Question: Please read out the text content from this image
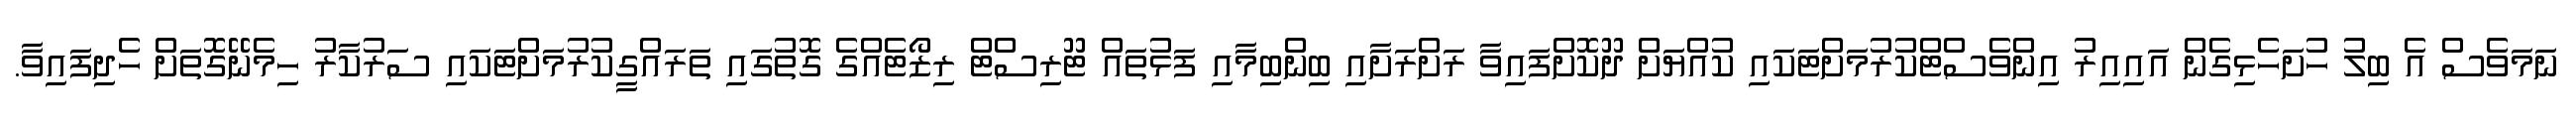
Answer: ނަމަވެސް އެ ބިލު ހުށަހެޅިގެން އައިއިރު އިންވެސްޓްކުރުމަށްޓަކައި ކުއްޔަށް ދޫކޮށްފައިވާ ރަށްރަށާއި ބިންބިމާއި ފަޅުތައް ޓޫރިސްޓް ރިޒޯޓެއްގެ ގޮތުގައި ތަރައްގީކުރުމަށްޓަކައި ސަރުކާރު ހިމެނޭގޮތަށް ހެދިފައިވާ.